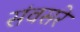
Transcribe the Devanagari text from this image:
संवसरे